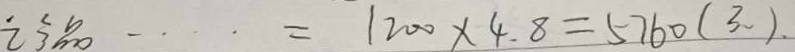
= 1 2 0 0 \times 4 . 8 = 5 7 6 0 ( 3 . )